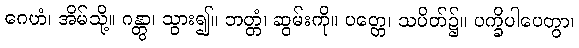
ဂေဟံ၊ အိမ်သို့။ ဂန္တွာ၊ သွား၍။ ဘတ္တံ၊ ဆွမ်းကို။ ပတ္တေ၊ သပိတ်၌။ ပက္ခိပါပေတွာ၊